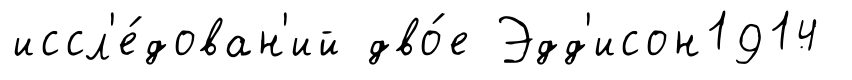
иссл'е́дован'ий дво́е Эдд'исон1914